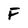
Character: F